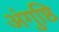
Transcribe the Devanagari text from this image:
अंगुष्ठि